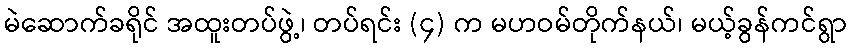
မဲဆောက်ခရိုင် အထူးတပ်ဖွဲ့၊ တပ်ရင်း (၄) က မဟဝမ်တိုက်နယ်၊ မယ့်ခွန်ကင်ရွာ